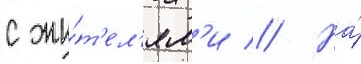
с жи́т'ел'ям'и // На́